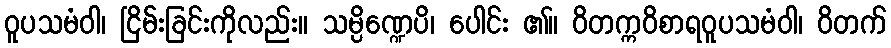
ဝူပသမံဝါ၊ ငြိမ်းခြင်းကိုလည်း။ သမ္ပိဏ္ဍေပိ၊ ပေါင်း ၏။ ဝိတက္ကဝိစာရဝူပသမံဝါ၊ ဝိတက်